Lunatic asylums in Bengal annual reports 1912-1924 - 1912-1924
Year: 1912
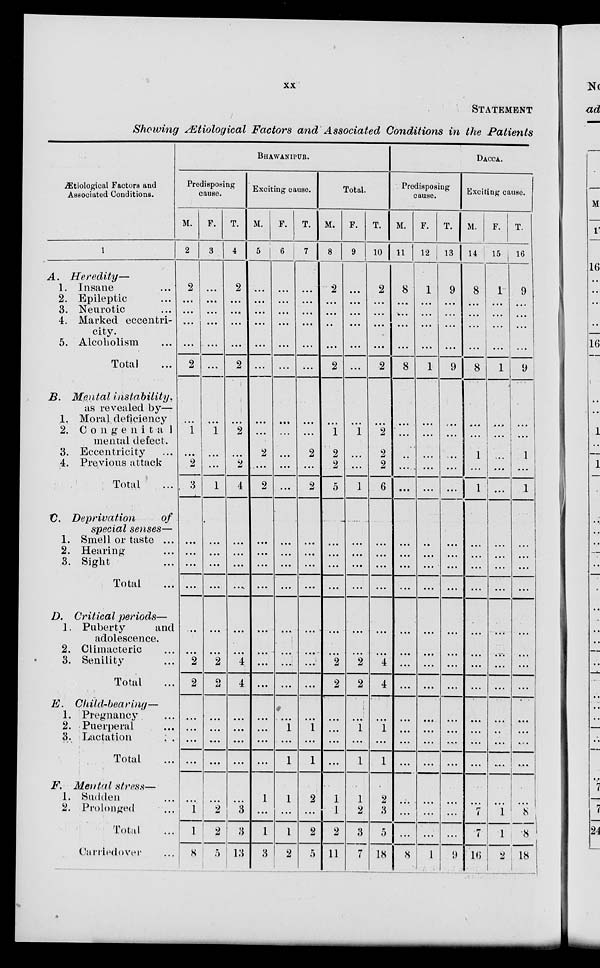
xx
STATEMENT
Showing Ætiological Factors and Associated Conditions in the Patients
Ætiological Factors and
Associated Conditions.
1
A.
Heredity—
1. Insane ...
2. Epileptic ...
3. Neurotic ...
4. Marked eccentri-
city.
5. Alcoholism ...
Total ...
B. Mental
instability,
as revealed by—
1. Moral deficiency
2. Congenital
mental defect.
3. Eccentricity ...
4. Previous attack
Total ...
C. Deprivation
of
special senses—
1. Smell or taste ...
2. Hearing ...
3. Sight ...
Total ...
D. Critical periods—
1. Puberty
and
adolescence.
2. Climacteric ...
3. Senility ...
Total ...
E.
Child-bearing—
1. Pregnancy ...
2. Puerperal ...
3. Lactation
...
Total ...
F. Mental stress—
1. Sudden ...
2. Prolonged ...
Total ...
Carridover ...
BHAWANIPUR.
Predisposing
cause.
M.
2
2
...
...
...
...
2
...
1
...
2
3
...
...
...
...
...
...
2
2
...
...
...
...
...
1
1
8
F.
3
...
...
...
...
...
...
...
1
...
...
1
...
...
...
...
...
...
2
2
...
...
...
...
...
2
2
5
T.
4
2
...
...
...
...
2
...
2
...
2
4
...
...
...
...
...
...
4
4
...
...
...
...
...
3
3
13
Exciting cause.
M.
5
...
...
...
...
...
...
...
...
2
...
2
...
...
...
...
...
...
...
...
...
...
...
...
1
...
1
3
F.
6
...
...
...
...
...
...
...
...
...
...
...
...
...
...
...
...
...
...
...
...
1
...
1
1
...
1
2
T.
7
...
...
...
...
...
...
...
...
2
...
2
...
...
...
...
...
...
...
...
...
1
...
1
2
...
2
5
Total.
M.
8
2
...
...
..
...
2
...
1
2
2
5
...
...
...
...
...
...
2
2
...
...
...
...
1
1
2
11
F.
9
...
...
...
...
...
...
...
1
...
...
1
...
...
...
...
...
...
2
2
...
1
...
1
1
2
3
7
T.
10
2
...
...
...
...
2
...
2
2
2
6
...
...
...
...
...
...
4
4
...
1
...
1
2
3
5
18
DACCA.
Predisposing
cause.
M.
11
8
...
...
...
...
8
...
...
...
...
...
...
...
...
...
...
...
...
...
...
...
...
...
...
...
...
8
F.
12
1
...
...
...
...
1
...
...
...
...
...
...
...
...
...
...
...
...
...
...
...
...
...
...
...
...
1
T.
13
9
...
...
...
9
...
...
...
...
...
...
...
...
...
...
...
...
...
...
...
...
...
...
...
...
9
Exciting cause.
M.
14
8
...
...
...
...
8
...
...
1
...
1
...
...
...
...
...
...
...
...
...
...
...
...
...
7
7
16
F.
15
1
...
...
...
...
1
...
...
...
...
...
...
...
...
...
...
...
...
...
...
...
...
...
...
1
1
2
T.
16
9
...
...
...
...
9
...
...
1
...
1
...
...
...
...
...
...
...
...
...
...
...
...
...
8
8
8